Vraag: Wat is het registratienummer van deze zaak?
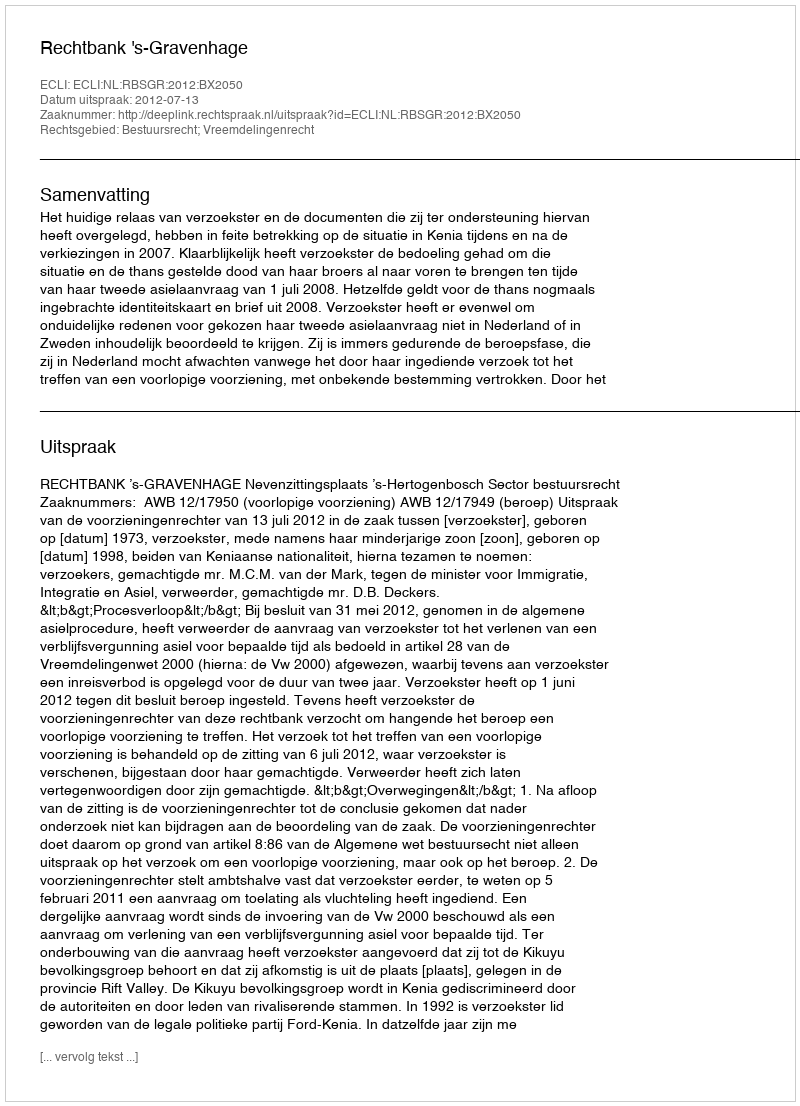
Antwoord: http://deeplink.rechtspraak.nl/uitspraak?id=ECLI:NL:RBSGR:2012:BX2050